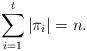
LaTeX: \begin{align*}\sum_{i=1}^{t}|\pi_{i}|=n.\end{align*}